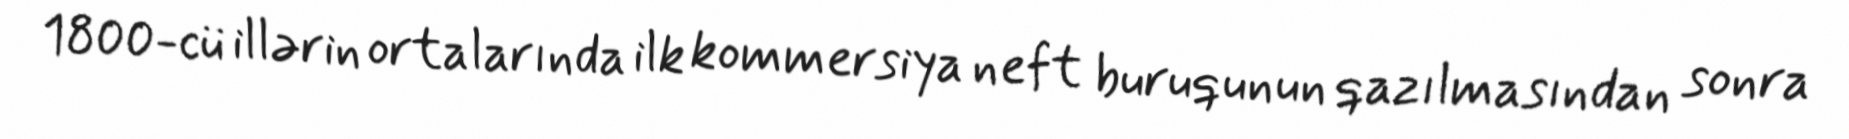
1800-cü illərin ortalarında ilk kommersiya neft buruqunun qazılmasından sonra